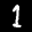
Label: 1